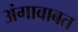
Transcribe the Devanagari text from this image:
अंगाबाबत